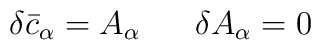
\delta {\bar c}_\alpha = A_\alpha \;\;\;\;\;\;\delta A_\alpha = 0